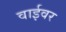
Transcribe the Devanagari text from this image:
वाईवर